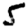
Digit: 5